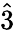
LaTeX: \hat{3}